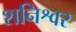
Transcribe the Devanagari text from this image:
शनिश्वर